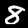
Digit: 8